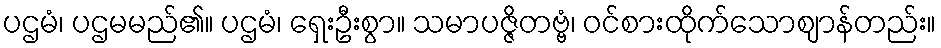
ပဌမံ၊ ပဌမမည်၏။ ပဌမံ၊ ရှေးဦးစွာ။ သမာပဇ္ဇိတဗ္ဗံ၊ ဝင်စားထိုက်သောဈာန်တည်း။